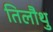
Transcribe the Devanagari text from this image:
तिलौथु